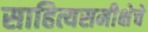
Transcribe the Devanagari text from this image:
साहित्यसमीक्षेचे